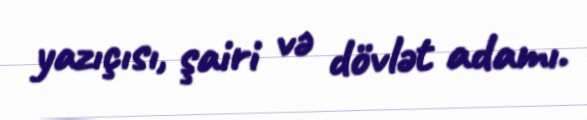
yazıçısı, şairi və dövlət adamı.